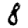
Digit: 8